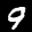
Label: 9